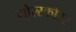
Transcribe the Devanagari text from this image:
गोल्स्कोरर